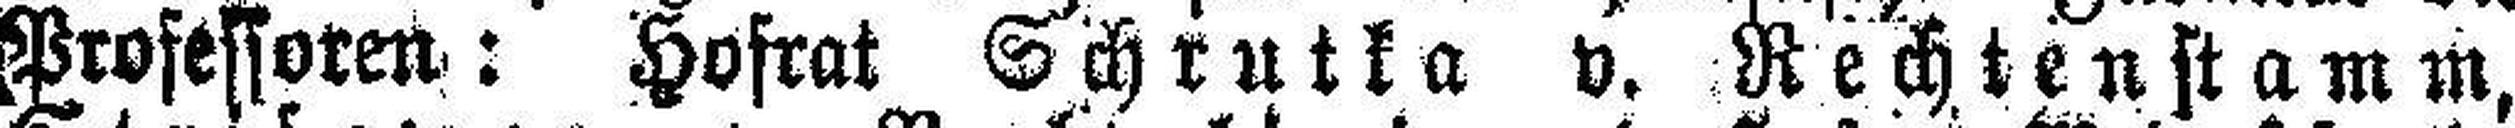
Professoren: Hofrat Schrutka v. Rechtenstamm,